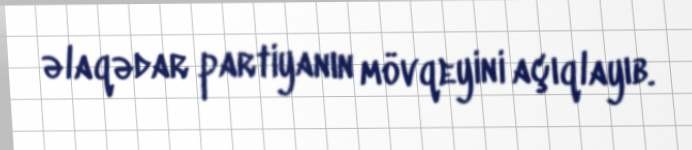
əlaqədar partiyanın mövqeyini açıqlayıb.